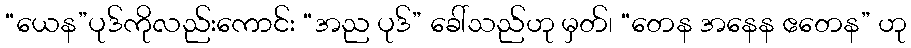
“ယေန”ပုဒ်ကိုလည်းကောင်း “အည ပုဒ်” ခေါ်သည်ဟု မှတ်၊ “တေန အနေန ဧတေန” ဟု